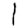
Digit: 1